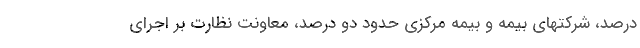
درصد، شرکتهای بیمه و بیمه مرکزی حدود دو درصد، معاونت نظارت بر اجرای